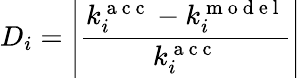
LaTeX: D_{i}=\left|\frac{k_{i}^{\mathrm{~a~c~c~}}-k_{i}^{\mathrm{~m~o~d~e~l~}}}{k_{i}^{\mathrm{~a~c~c~}}}\right|